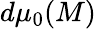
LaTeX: d\mu_{0}(M)